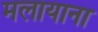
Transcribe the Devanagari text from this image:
मलायाना